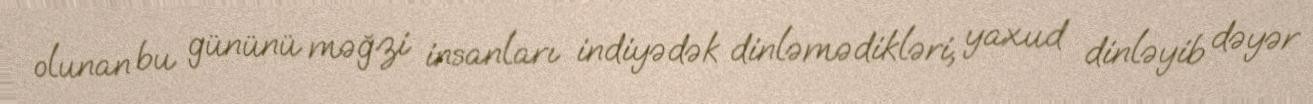
olunan bu gününü məğzi insanları indiyədək dinləmədikləri, yaxud dinləyib dəyər